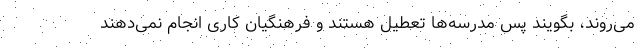
می‌روند، بگویند پس مدرسه‌ها تعطیل هستند و فرهنگیان کاری انجام نمی‌دهند